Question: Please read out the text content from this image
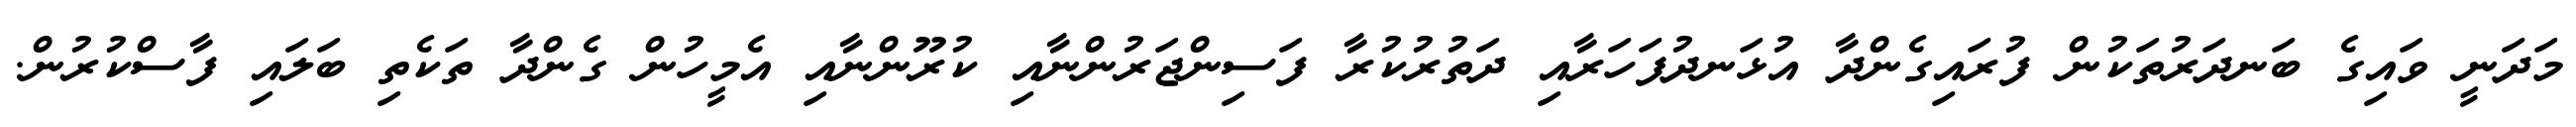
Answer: މަދަނީ ވައިގެ ބަނދަރުތަކުން ފުރައިގެންދާ އުޅަނދުފަހަރާއި ދަތުރުކުރާ ފަސިންޖަރުންނާއި ކުރޫންނާއި އެމީހުން ގެންދާ ތަކެތި ބަލައި ފާސްކުރުން.